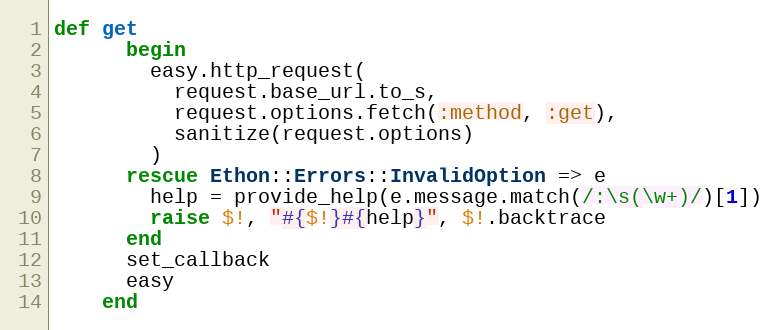
Language: Ruby
def get
      begin
        easy.http_request(
          request.base_url.to_s,
          request.options.fetch(:method, :get),
          sanitize(request.options)
        )
      rescue Ethon::Errors::InvalidOption => e
        help = provide_help(e.message.match(/:\s(\w+)/)[1])
        raise $!, "#{$!}#{help}", $!.backtrace
      end
      set_callback
      easy
    end